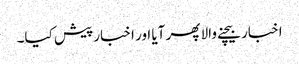
اخبار بیچنے والا پھر آیا اور اخبار پیش کیا۔